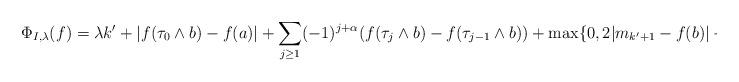
LaTeX: \begin{align*}\Phi_{I,\lambda}(f)=\lambda k'+|f(\tau_{0}\wedge b)-f(a)|+\sum_{j\ge1}(-1)^{j+\alpha}(f(\tau_{j}\wedge b)-f(\tau_{j-1}\wedge b))+\max\{0,2|m_{k'+1}-f(b)|-\lambda\}.\end{align*}